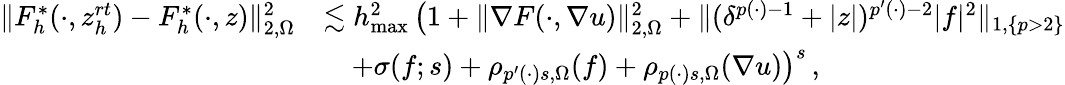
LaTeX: \begin{array}{rl}{\| F_{h}^{*}(\cdot,z_{h}^{\textit{rt}})-F_{h}^{*}(\cdot,z)\| _{2,\Omega}^{2}}&{\lesssim h_{\operatorname*{max}}^{2}\, \big(1+\| \nabla F(\cdot,\nabla u)\| _{2,\Omega}^{2}+\| (\delta^{p(\cdot)-1}+\vert z\vert)^{p^{\prime}(\cdot)-2}\vert f\vert^{2}\| _{1,\{ p>2\} }}\\ &{\quad+\sigma(f;s)+\rho_{p^{\prime}(\cdot)s,\Omega}(f)+\rho_{p(\cdot)s,\Omega}(\nabla u)\big)^{s}\, ,}\end{array}